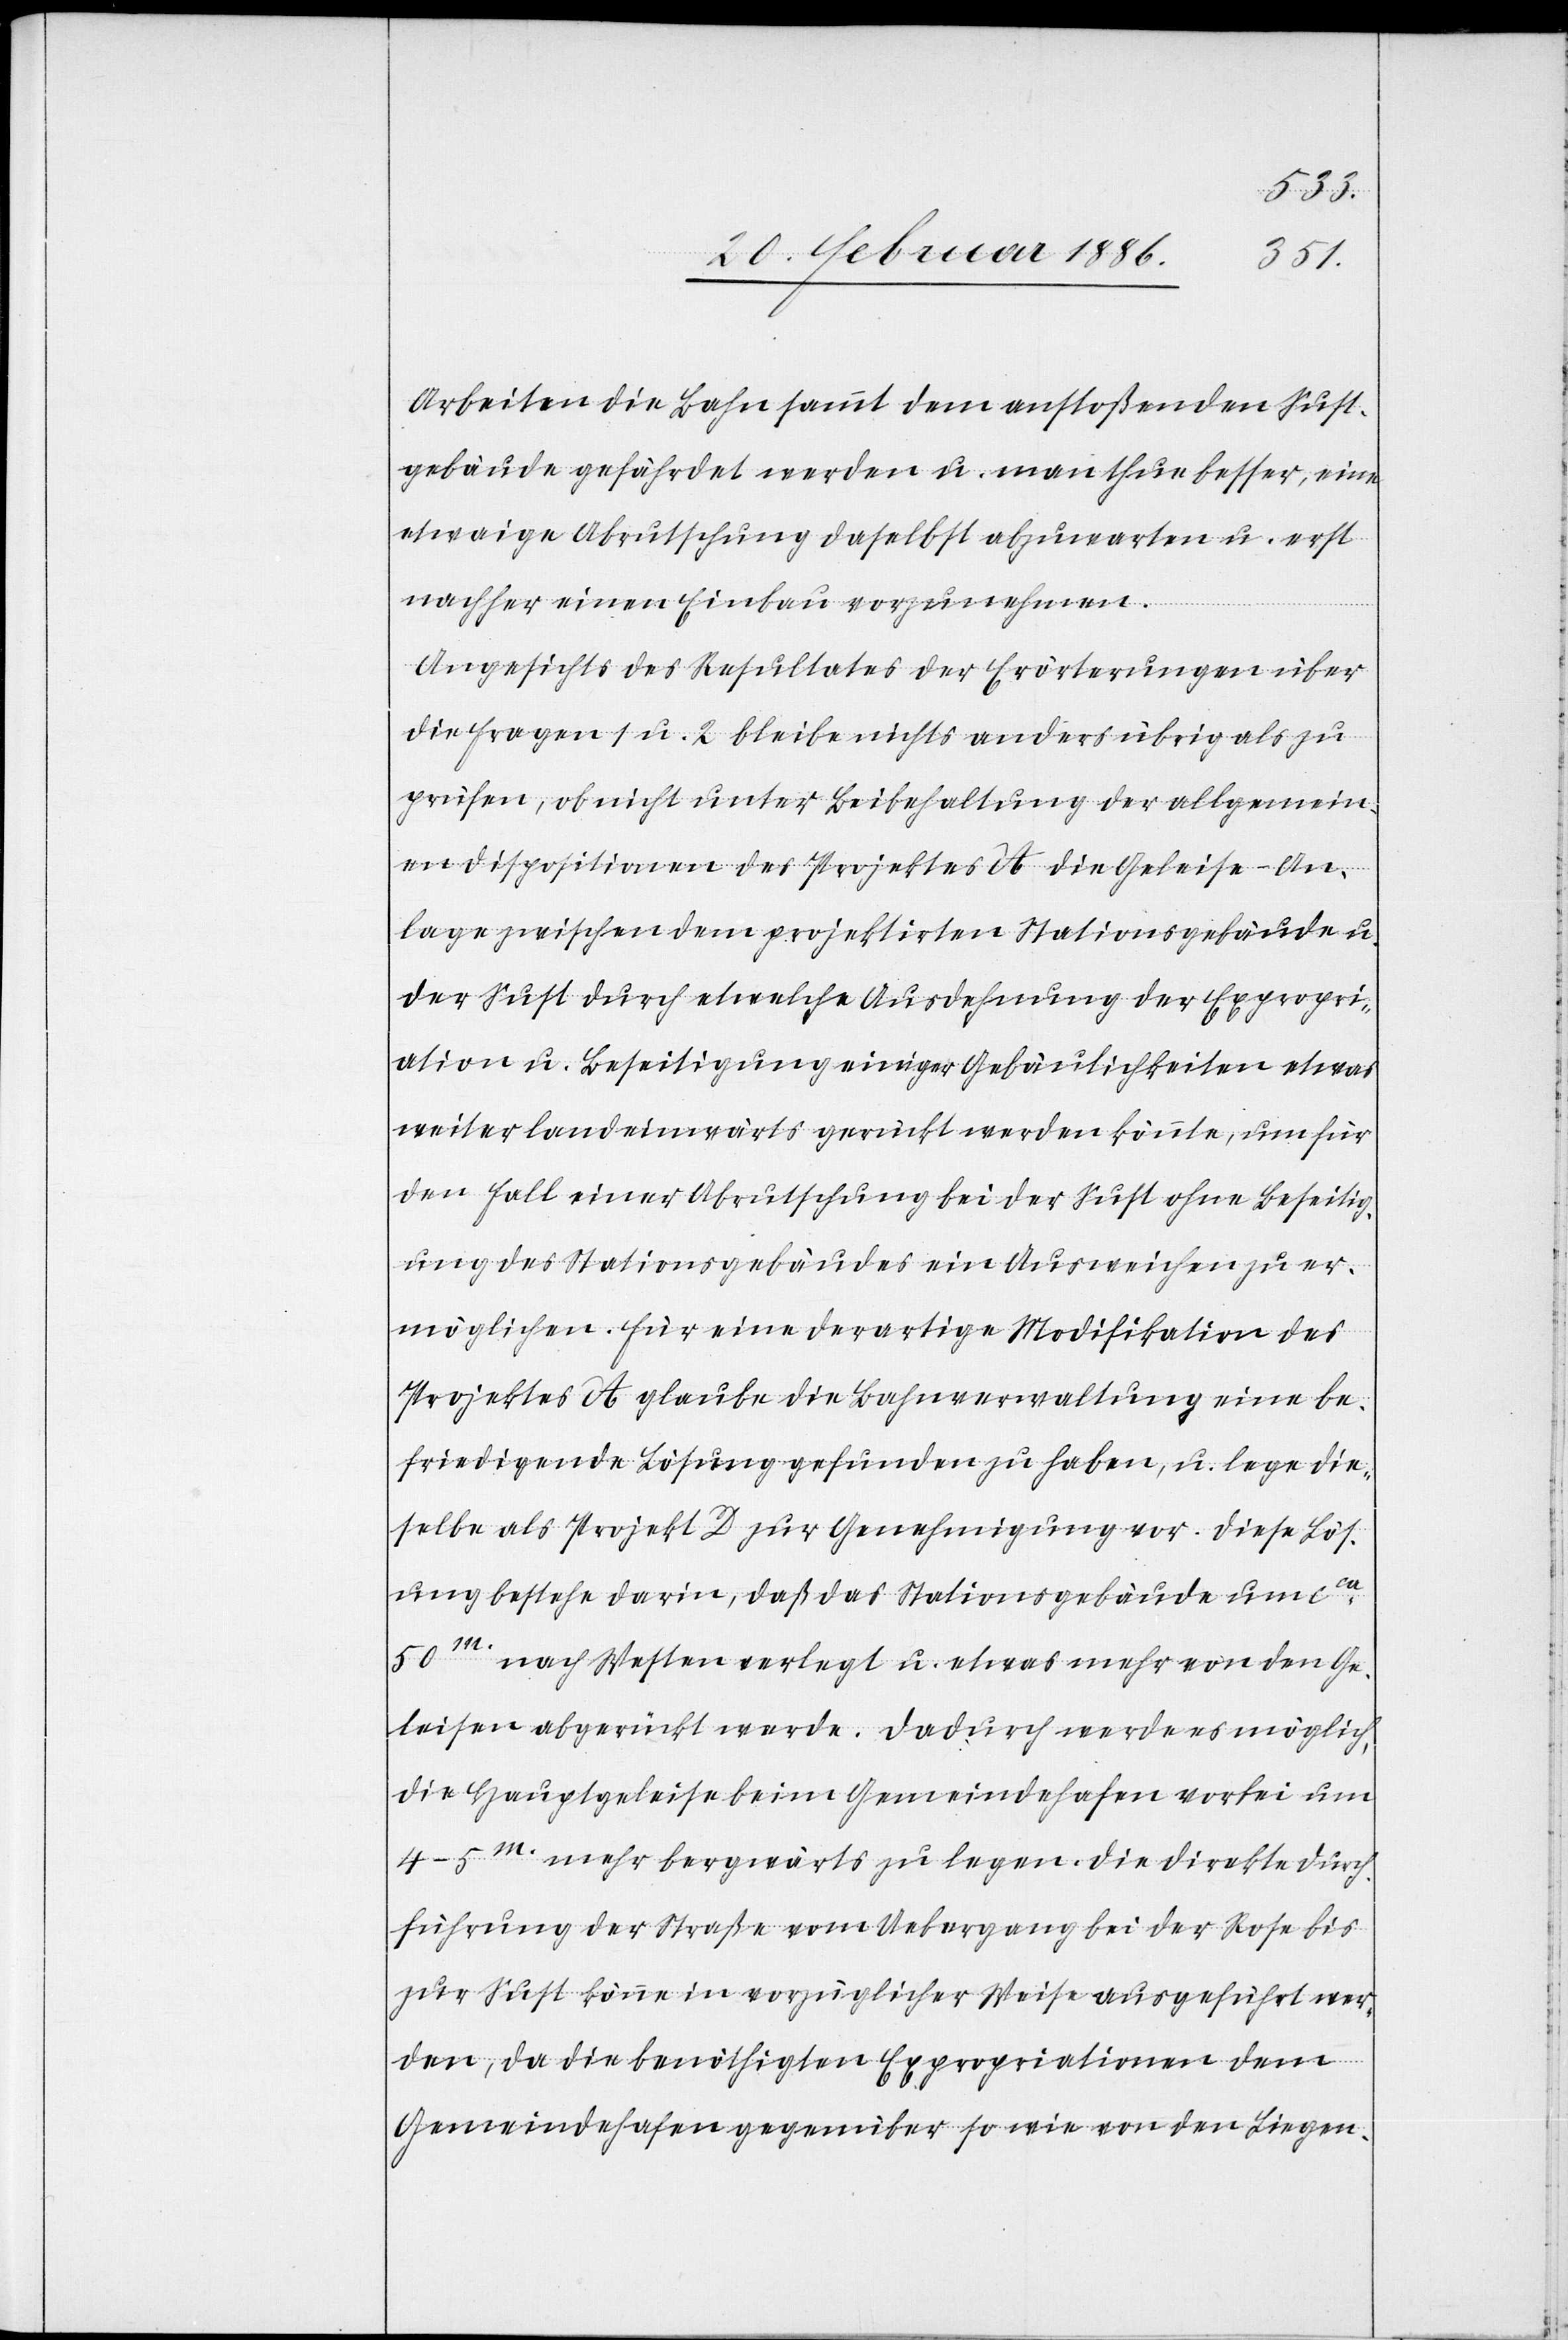
Arbeiten die Bahn sammt dem anstoßenden Sust¬
gebäude gefährdet werden u. man thue besser, eine
etwagige Abrutschung daselbst abzuwarten u. erst
nachher einen Einbau vorzunehmen.
Angesichts des Resultates der Erörterungen über
die Frage 1 u. 2 bleibe nichts anderes übrig als zu
prüfen, ob nicht unter Beibehaltung der allgemein¬
en Dispositionen des Projektes A die Geleise-An¬
lage zwischen dem projektirten Stationsgebäude u.
der Sust durch etwelche Ausdehnung der Expropri¬
ation u. Beseitigung einiger Gebäulichkeiten etwas
weiter landeinwärts gerückt werden könnte, um für
den Fall einer Abrutschung bei der Sust ohne Beseitig¬
ung des Stationsgebäudes ein Ausweichen zu er¬
möglichen. Für eine derartige Modifikation des
Projektes A glaube die Bahnverwaltung eine be¬
friedigende Lösung gefunden zu haben, u. lege die¬
selbe als Projekt D zur Genehmigung vor. Diese Lös¬
ung bestehe darin, daß das Stationsgebäude um c¬
ca 50m. nach Westen verlegt u. etwas mehr von den Ge¬
leisen abgerückt werde. Dadurch werde es möglich,
die Hauptgeleise beim Gemeindehafen vorbei um
4–5m. mehr bergwärts zu legen. Die direkte Durch¬
führung der Straße vom Uebergang bei der Rose bis
zur Sust könne in vorzüglicher Weise ausgeführt wer¬
den, da die benöthigten Expropriationen dem
Gemeindehafen gegenüber so wie von den Liegen-